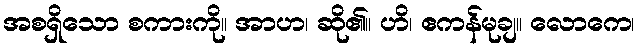
အစရှိသော စကားကို။ အာဟ၊ ဆို၏။ ဟိ၊ ဧကန်မုချ။ လောကေ၊